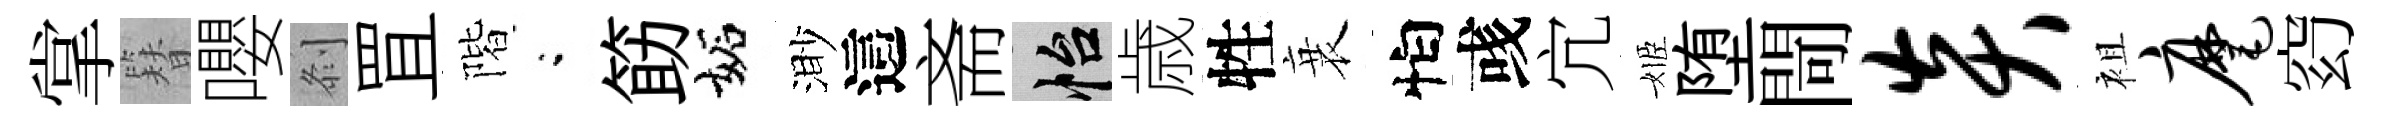
掌簪嚶𠛴罝階閤筯妬渺這斋怡歳牲衰怕彧宂姬堕閜炎袓麾𥥆